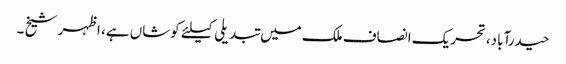
حیدرآباد،تحریک انصاف ملک میں تبدیلی کیلئے کوشاں ہے، اظہر شیخ ۔